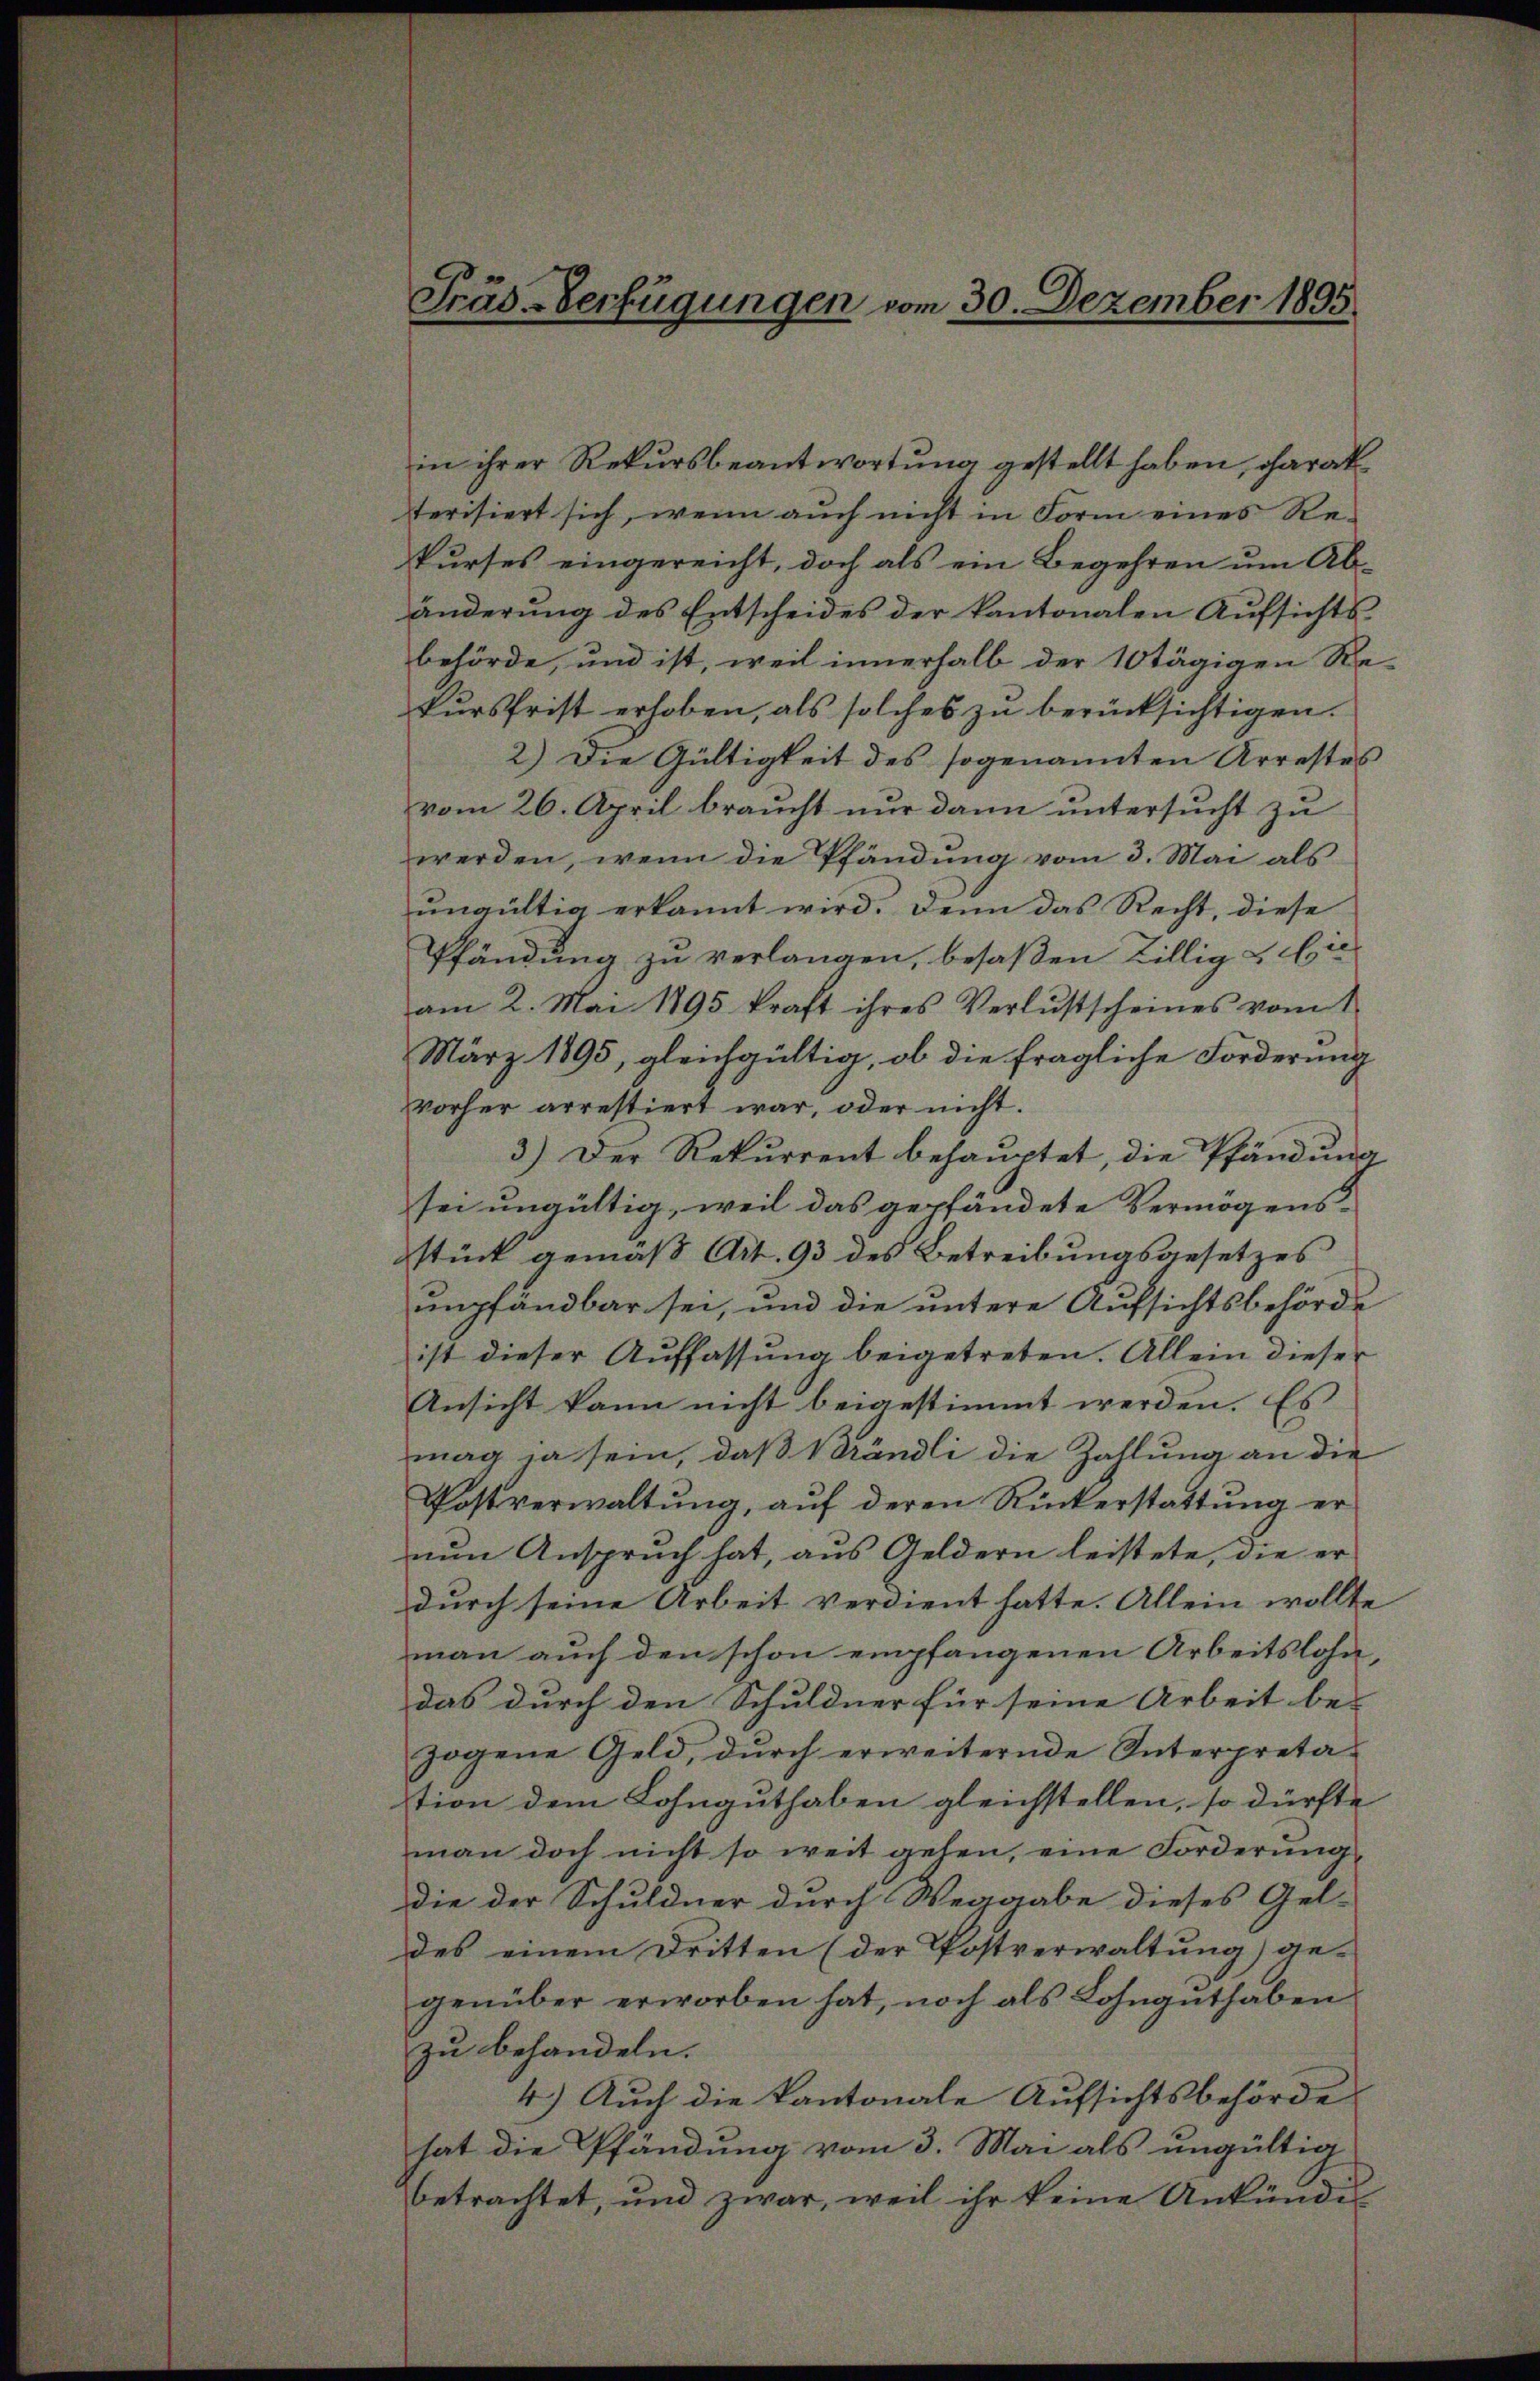
in ihrer Rekursbeantwortung gestellt haben, charak
terisiert sich, wenn auch nicht in Form eines Re-
kurses eingereicht, doch als ein Begehren um Abänderung des Entscheides der kantonalen Aŭfsichts-
behörde, und ist, weil innerhalb der 10 tägigen Re-
kursfrist erhoben, als solches zu berücksichtigen.
2.) Die Gültigkeit des sogenannten Arrestes
vom 26. April braucht nur dann untersucht zu
werden, wenn die Pfändung vom 3. Mai als
ungültig erkannt wird. Denn das Recht, diese
Pfändung zu verlangen, besaßen Billig & Cie
am 2. Mai 1895 kraft ihres Verlustscheines vom 1.
März 1895, gleichgültig, ob die fragliche Forderung
vorher arrestiert war, oder nicht.
3.) Der Rekurrent behauptet, die Pfändung
sei ungültig, weil das gepfändete Vermögens-
stück gemäß Art. 93 des Betreibungsgesetzes
umpfändbar sei, und die untere Aufsichtsbehörde
ist dieser Auffassung beigetreten. Allein dieser
Ansicht kann nicht beigestimmt werden. Es
mag ja sein, daß Brändli die Zahlung an die
Postverwaltung, auf deren Rückerstattung er
nun Anspruch hat, aus Geldern leistete, die er
durch seine Arbeit verdient hatte. Allein wollte
man auch den schon empfangenen Arbeitslohn,
das durch den Schuldner für seine Arbeit be-
zogene Geld, dŭrch erweiternde Interpretation dem Lohnguthaben gleichstellen, so dürfte
man doch nicht so weit gehen, eine Forderung
die der Schuldner durch Weggabe dieses Gel-
des einem Dritten (der Postverwaltung) ge-
genüber erworben hat, noch als Lohngŭthaben
zu behandeln.
4.) Auch die kantonale Aufsichtsbehörde
hat die Pfändung vom 3. Mai als ungültig
betrachtet, und zwar, weil ihr keine Ankündi

Träs-Verfügungen vom 30. Dezember 1895